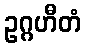
ဥဂ္ဂဟီတံ